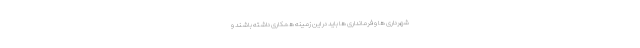
شهرداری ها و فرمانداری ها باید در این زمینه همکاری داشته باشند و